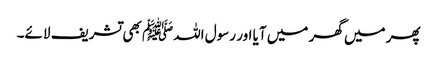
پھر میں گھر میں آیا اور رسول اللہﷺ بھی تشریف لائے۔